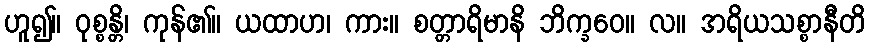
ဟူ၍။ ဝုစ္စန္တိ၊ ကုန်၏။ ယထာဟ၊ ကား။ စတ္တာရိမာနိ ဘိက္ခဝေ။ လ။ အရိယသစ္စာနီတိ